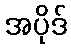
အပိုဒ်